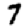
Digit: 7